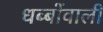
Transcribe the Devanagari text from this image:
धब्बोंवाली